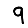
Digit: 9